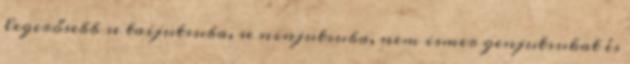
legerősebb se taijutsuba, se ninjutsuba, nem ismer genjutsukat és